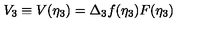
V _ { 3 } \equiv V ( \eta _ { 3 } ) = \Delta _ { 3 } f ( \eta _ { 3 } ) F ( \eta _ { 3 } )